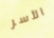
الأسر